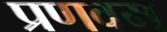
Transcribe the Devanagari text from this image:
प्रणवम